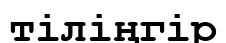
тіліңгір